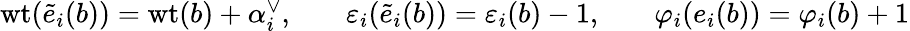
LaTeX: \begin{array}{rlrlr}{{\operatorname{wt}}({\tilde{e}}_{i}(b))={\operatorname{wt}}(b)+\alpha_{i}^{\vee},}&{}&{{\varepsilon}_{i}({\tilde{e}}_{i}(b))={\varepsilon}_{i}(b)-1,}&{}&{\varphi_{i}(e_{i}(b))=\varphi_{i}(b)+1}\end{array}